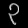
Digit: ၃